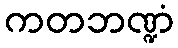
ကတဘဏ္ဍံ